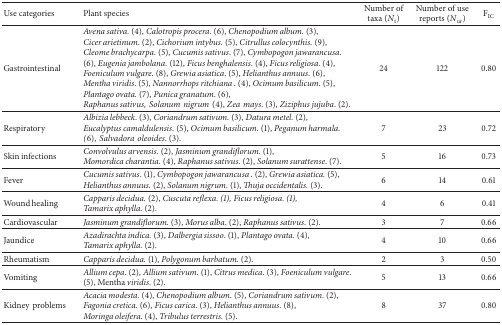
<table><thead><tr><td><b>Use categories</b></td><td><b>Plant species</b></td><td><b>Number of taxa (N<sub>t</sub>)</b></td><td><b>Number of use reports (N<sub>ur</sub>)</b></td><td><b><i>F</i><sub>IC</sub></b></td></tr></thead><tbody><tr><td>Gastrointestinal</td><td><i>Avena sativa</i>. (4), <i>Calotropis procera. </i>(6), <i>Chenopodium album. </i>(3), <i>Cicer arietinum</i>. (2), <i>Cichorium intybus. </i>(5), <i>Citrullus colocynthis. </i>(9), <i>Cleome brachycarpa. </i>(5), <i>Cucumis sativus</i>. (7), <i>Cymbopogon jawarancusa. </i>(6), <i>Eugenia jambolana. </i>(12), <i>Ficus benghalensis</i>. (4), <i>Ficus religiosa</i>. (4), <i>Foeniculum vulgare</i>. (8), <i>Grewia asiatica</i>. (5), <i>Helianthus annuus. </i>(6), <i>Mentha viridis</i>. (5), <i>Nannorrhops ritchiana.</i> (4), <i>Ocimum basilicum</i>. (5), <i>Plantago ovata. </i>(7), <i>Punica granatum</i>. (6), <i>Raphanus sativus,Solanumnigrum</i>(4), <i>Zeamays</i>. (3), <i>Ziziphus jujuba</i>. (2).</td><td>24</td><td>122</td><td>0.80</td></tr><tr><td>Respiratory</td><td><i>Albizia lebbeck</i>. (3), <i>Coriandrum sativum</i>. (3), <i>Datura metel. </i>(2), <i>Eucalyptus camaldulensis. </i>(5), <i>Ocimum basilicum. </i>(1), <i>Peganum harmala. </i>(6),<i>Salvadoraoleoides</i>. (3).</td><td>7</td><td>23</td><td>0.72</td></tr><tr><td>Skin infections</td><td><i>Convolvulus arvensis. </i>(2), <i>Jasminum grandiflorum. </i>(1), <i>Momordica charantia. </i>(4), <i>Raphanus sativus. </i>(2), <i>Solanum surattense</i>. (7).</td><td>5</td><td>16</td><td>0.73</td></tr><tr><td>Fever</td><td><i>Cucumis sativus</i>. (1), <i>Cymbopogon jawarancusa.</i> (2), <i>Grewia asiatica. </i>(5), <i>Helianthus annuus. </i>(2), <i>Solanum nigrum. </i>(1), <i>Thuja occidentalis. </i>(3).</td><td>6</td><td>14</td><td>0.61</td></tr><tr><td>Wound healing</td><td><i>Capparis decidua. </i>(2), <i>Cuscuta reflexa. (1), Ficus religiosa. (1), Tamarix aphylla</i>. (2).</td><td>4</td><td>6</td><td>0.41</td></tr><tr><td>Cardiovascular</td><td><i>Jasminum grandiflorum. </i>(3), <i>Morus alba</i>. (2), <i>Raphanus sativus</i>. (2).</td><td>3</td><td>7</td><td>0.66</td></tr><tr><td>Jaundice</td><td><i>Azadirachta indica. </i>(3), <i>Dalbergia sissoo</i>. (1), <i>Plantago ovata. </i>(4), <i>Tamarix aphylla</i>. (2).</td><td>4</td><td>10</td><td>0.66</td></tr><tr><td>Rheumatism</td><td><i>Capparis decidua. </i>(1), <i>Polygonum barbatum. </i>(2).</td><td>2</td><td>3</td><td>0.50</td></tr><tr><td>Vomiting</td><td><i>Allium cepa</i>. (2), <i>Allium sativum</i>. (1), <i>Citrus medica</i>. (3), <i>Foeniculum vulgare</i>. (5), Mentha <i>viridis</i>. (2).</td><td>5</td><td>13</td><td>0.66</td></tr><tr><td>Kidneyproblems</td><td><i>Acacia modesta. </i>(4), <i>Chenopodium album</i>. (5), <i>Coriandrum sativum</i>. (2), <i>Fagonia cretica. </i>(6), <i>Ficus carica</i>. (3), <i>Helianthus annuus</i>. (8), <i>Moringa oleifera</i>. (4), <i>Tribulus terrestris. </i>(5).</td><td>8</td><td>37</td><td>0.80</td></tr></tbody></table>